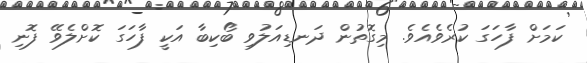
ކަމަށް ފާހަގަ ކުރެވެއެވެ. މިގޮތުން ދަނޑިއަލުވި ބޯކިބާ އަކީ ފާހަގަ ކޮށްލެވޭ ފޮނި